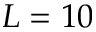
L = 1 0